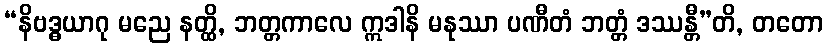
“နိဗဒ္ဓယာဂု မညေ နတ္ထိ, ဘတ္တကာလေ ဣဒါနိ မနုဿာ ပဏီတံ ဘတ္တံ ဒဿန္တီ”တိ, တတော